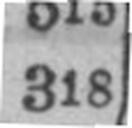
318